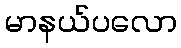
မာနယ်ပလော